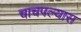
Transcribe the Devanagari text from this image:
चाचपल्यास